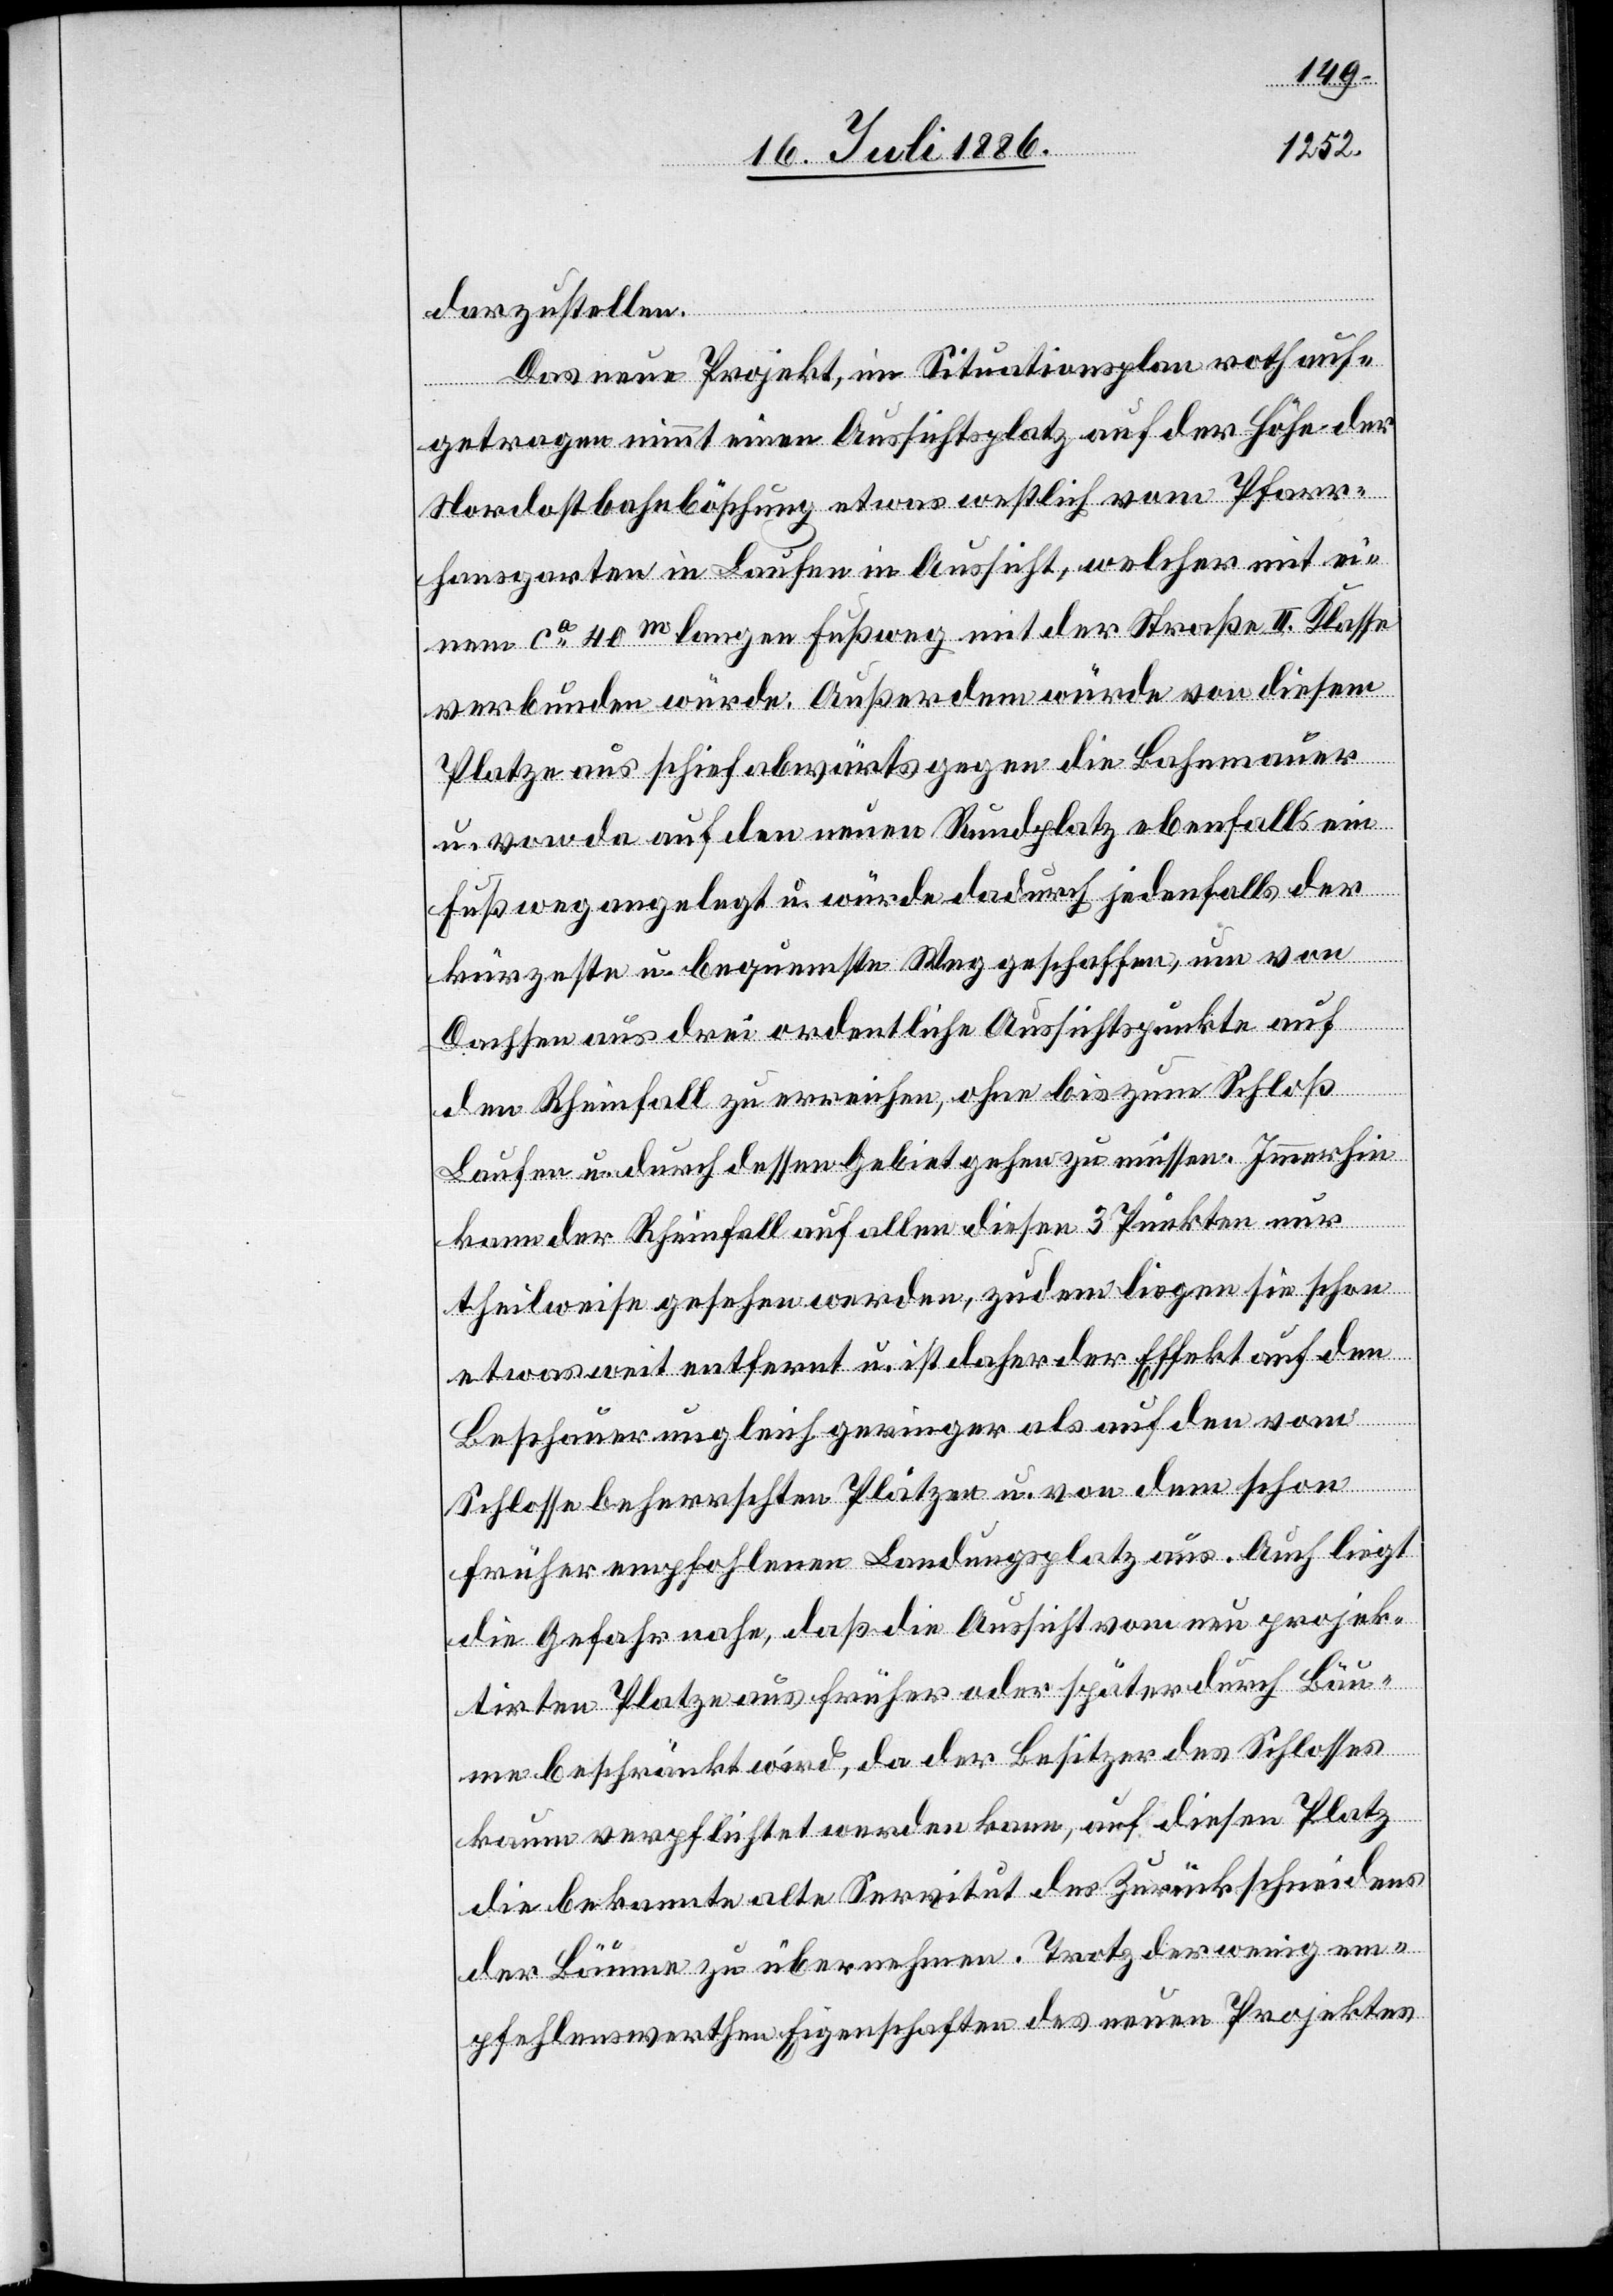
darzustellen.
Das neue Projekt, im Situationsplan roth auf¬
getragen nimmt einen Aussichtsplatz auf der Höhe der
Nordostbahnböschung etwas westlich vom Pfarr¬
hausgarten in Laufen in Aussicht, welcher mit ei¬
nem ca 40m langen Fußweg mit der Straße II. Klasse
verbunden würde. Außerdem würde von diesem
Platze aus schief abwärts gegen die Bahnmauer
u. von da auf den neuen Rundplatz ebenfalls ein
Fußweg angelegt u. würde dadurch jedenfalls der
kürzeste u. bequemste Weg geschaffen, um von
Dachsen aus drei ordentliche Aussichtspunkte auf
den Rheinfall zu erreichen, ohne bis zum Schloß
Laufen u. durch dessen Gebiet gehen zu müssen. Immerhin
kann der Rheinfall auf allen diesen 3 Punkten nur
theilweise gesehen werden, zudem liegen sie schon
etwas weit entfernt u. ist daher der Effekt auf den
Beschauer ungleich geringer als auf den vom
Schlosse beherrschten Plätzen u. von dem schon
früher empfohlenen Landungsplatz aus. Auch liegt
die Gefahr nahe, daß die Aussicht vom neu projek¬
tirten Platz aus früher oder später durch Bäu¬
me beschränkt wird, da der Besitzer des Schlosses
kaum verpflichtet werden kann, auf diesen Platz
die bekannte alte Servitut des Zurückschneidens
der Bäume zu übernehmen. Trotz der wenig em¬
pfehlenswerthen Eigenschaften des neuen Projektes